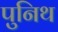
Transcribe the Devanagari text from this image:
पुनिथ